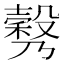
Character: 𣫉